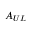
A _ { U L }